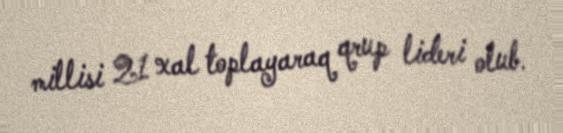
millisi 21 xal toplayaraq qrup lideri olub.